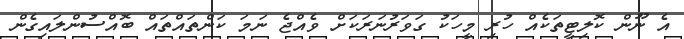
އެ ނޫން ކޮލިޓީތަކެއް ހުރި މީހަކު ގަވަރުނަރަކަށް ވެއްޖެ ނަމަ ކަންތައްތައް ބޮއްސުންލައިގެން